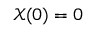
\mathcal { X } ( 0 ) = 0